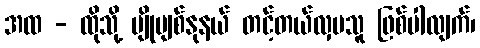
အထ - ထိုသို့ ပျိုမျစ်နုနယ် တင့်တယ်လှပသူ ဖြစ်ပါလျက်၊